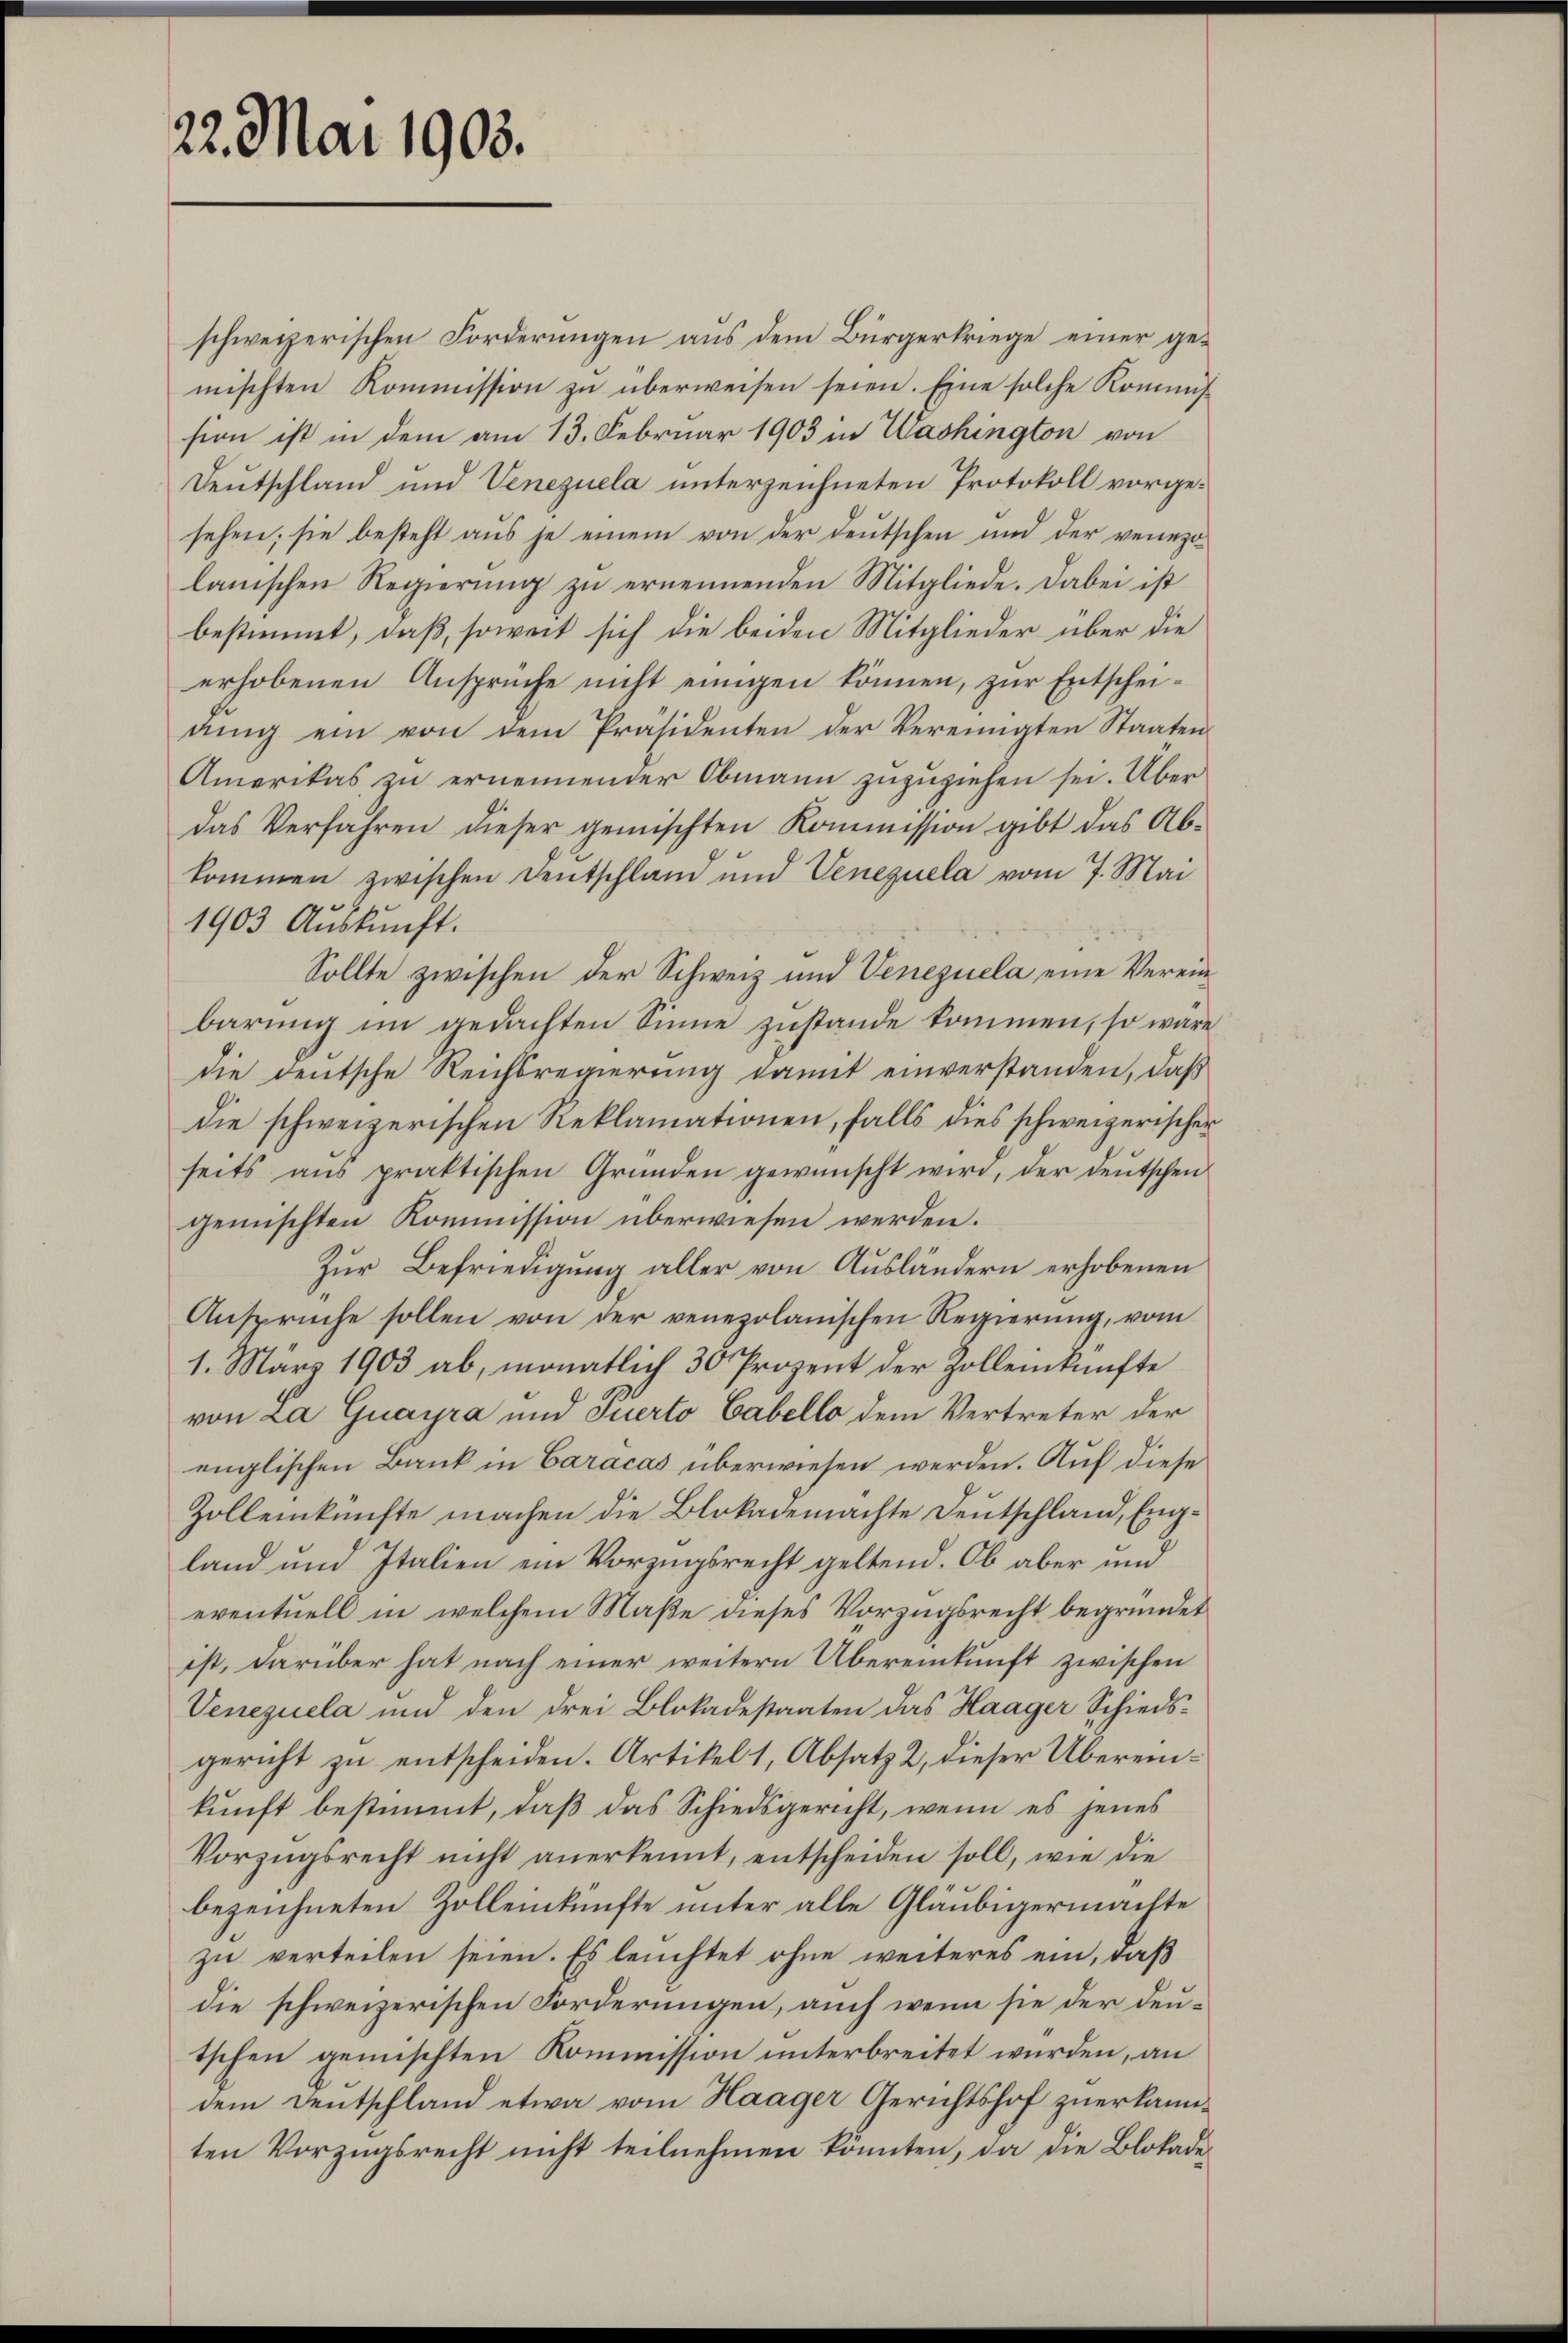
22. Mai 1903.

mischten Kommission zu überweisen seien. Eine solche Kommission ist in dem am 13. Februar 1903 in Washington von
Deutschland und Venezuela unterzeichneten Protokoll vorgesehen; sie besteht aus je einem von der deutschen und der venezolanischen Regierung zu ernennenden Mitgliede. Dabei ist
ging ein von dem Präsidenten der Vereinigten Staaten
Amerikas zu ernennender Obmann zuzuziehen sei. Über
1903 Aŭskŭnft.
Sollte zwischen der Schweiz und Venezuela eine Vereinbarung im gedachten Sinne zustande kommen, so wäre
die deutsche Reichsregierung damit einverstanden, daß
die schweizerischen Reklamationen, falls dies schweizerischer
seits aus praktischen Gründen gewünscht wird, der deutschen
gemischten Kommission überwiesen werden.
Zŭr Befriedigŭng aller von Ausländern erhobenen
Ansprüche sollen von der venepolanischen Regierung, vom
1. März 1903 ab, monatlich 30 Prozent der Zolleinkünfte
von La Guayra und Querto Gabello dem Vertreter der
englischen Bank in Caracas überwiesen werden. Auf diese
Zollenkünfte machen die Blokademachte Deutschland, England und Italien ein Vorzugsrecht geltend. Ob aber und
eventuell in welchem Maße dieses Vorzugsrecht begründet
ist, darüber hat nach einer weitern Übereinkunft zwischen
Venezuela und den drei Blokadestaaten das Haager Schiedsgericht zu entscheiden. Artikel 1, Absatz 2, dieser Übereinkunft bestimmt, daß das Schiedsgericht, wenn es jenes
Vorzugsrecht nicht anerkennt, entscheiden soll, wie die
bezeichneten Zolleinkünfte unter alle Gläubigermachte
zu verteilen seien. Es leuchtet ohne weiteres ein, daß
die schweizerischen Forderungen, auch wenn sie der deutschen gemischten Kommission unterbreitet wurden, an
dem Deutschland etwa vom Haager Gerichtshof zuerkannten Vorzugsrecht nicht teilnehmen könnten, da die Blokade¬

schweizerischen Forderungen aus dem Bürgerkriege einer gebestimmt, daß, soweit sich die beiden Mitglieder über die
erhobenen Ansprüche nicht einigen können, zur Entscheidas Verfahren dieser gemischten Kommission gibt das Abkommen zwischen Deutschland und Venezuela vom 7. Mai